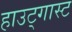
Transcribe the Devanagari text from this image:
हाउट्गास्ट